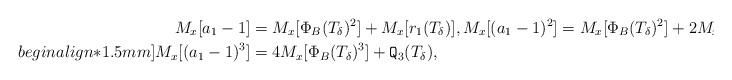
LaTeX: \begin{align*}M_x[a_1-1]&=M_x[\Phi_B(T_{\delta})^2]+M_x[r_1(T_{\delta})], M_x[(a_1-1)^2]=M_x[\Phi_B(T_{\delta})^2]+2 M_x[\Phi_B(T_{\delta})^3]+\mathtt{Q}_2(T_{\delta}),\\begin{align*}1.5mm]M_x[(a_1-1)^3]&=4 M_x[\Phi_B(T_{\delta})^3]+\mathtt{Q}_3(T_{\delta}),\end{align*}